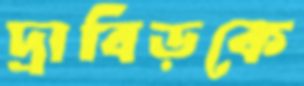
দ্রাবিড়কে